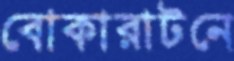
বোকারাটনে